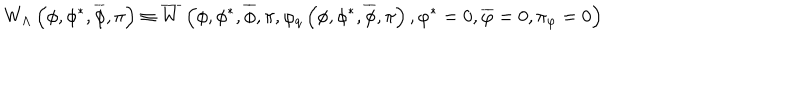
LaTeX: W _ { \Lambda } \left( \phi , \phi ^ { * } , \overline { { { \phi } } } , \pi \right) \equiv \overline { { { W } } } \left( \phi , \phi ^ { * } , \overline { { { \phi } } } , \pi , \varphi _ { q } \left( \phi , \phi ^ { * } , \overline { { { \phi } } } , \pi \right) , \varphi ^ { * } = 0 , \overline { { { \varphi } } } = 0 , \pi _ { \varphi } = 0 \right)